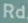
Rd